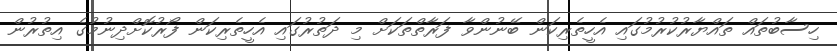
ހިސާބުތައް ތައްޔާރުކުރުމުގައި އެހީތެރިކަން ބޭނުންވާ ފަރާތްތަކަށް މި ދަތުރުގައި އެހީތެރިކަން ފޯރުކޮށްދިނުމުގެ އިތުރުން